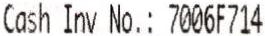
CASH INV NO.: 7006F714